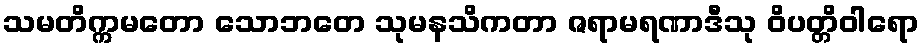
သမတိက္ကမတော သောဘတေ သုမနသိကတာ ဇရာမရဏာဒီသု ဝိပတ္တိဝါရော